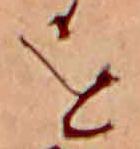
を